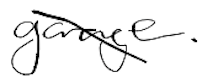
Text: garage.
Cross-out: diagonal
Writing tool: digital_black